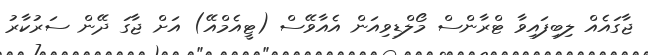
ޖާގައެއް ލިބިފައިވާ ޓްރާންސް މޯލްޑިވިއަން އެއާވޭސް (ޓީއެމްއޭ) އަށް ޖާގަ ދޭން ސަރުކާރު